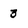
Character: 3